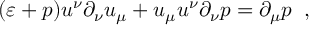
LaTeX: ( \varepsilon + p ) u ^ { \nu } \partial _ { \nu } u _ { \mu } + u _ { \mu } u ^ { \nu } \partial _ { \nu } p = \partial _ { \mu } p \; \; ,